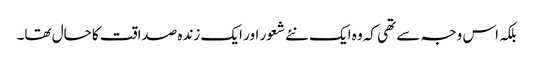
بلکہ اس وجہ سے تھی کہ وہ ایک نئے شعور اور ایک زندہ صداقت کا حال تھا۔